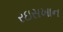
રઇસખાન